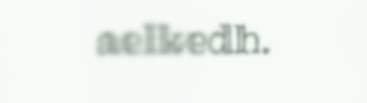
aelkedh.